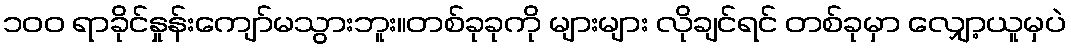
၁၀၀ ရာခိုင်နှုန်းကျော်မသွားဘူး။တစ်ခုခုကို များများ လိုချင်ရင် တစ်ခုမှာ လျှော့ယူမှပဲ